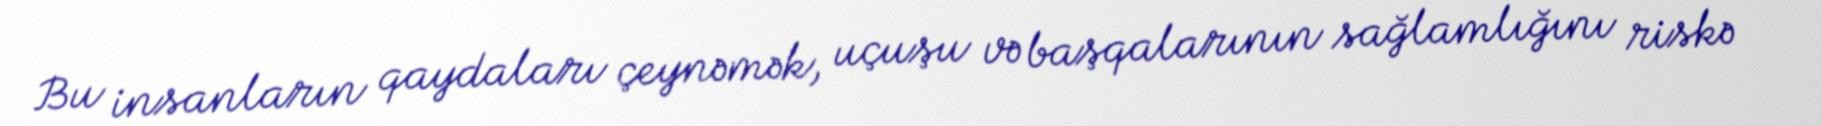
Bu insanların qaydaları çeynəmək, uçuşu və başqalarının sağlamlığını riskə